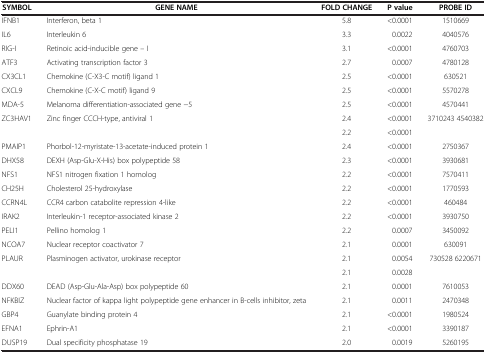
<table><thead><tr><td><b>SYMBOL</b></td><td><b>GENE NAME</b></td><td><b>FOLD CHANGE</b></td><td><b>P value</b></td><td><b>PROBE ID</b></td></tr></thead><tbody><tr><td>IFNB1</td><td>Interferon, beta 1</td><td>5.8</td><td>&lt;0.0001</td><td>1510669</td></tr><tr><td>IL6</td><td>Interleukin 6</td><td>3.3</td><td>0.0022</td><td>4040576</td></tr><tr><td>RIG-I</td><td>Retinoic acid-inducible gene – I</td><td>3.1</td><td>&lt;0.0001</td><td>4760703</td></tr><tr><td>ATF3</td><td>Activating transcription factor 3</td><td>2.7</td><td>0.0007</td><td>4780128</td></tr><tr><td>CX3CL1</td><td>Chemokine (C-X3-C motif) ligand 1</td><td>2.5</td><td>&lt;0.0001</td><td>630521</td></tr><tr><td>CXCL9</td><td>Chemokine (C-X-C motif) ligand 9</td><td>2.5</td><td>&lt;0.0001</td><td>5570278</td></tr><tr><td>MDA-5</td><td>Melanoma differentiation-associated gene −5</td><td>2.5</td><td>&lt;0.0001</td><td>4570441</td></tr><tr><td>ZC3HAV1</td><td>Zinc finger CCCH-type, antiviral 1</td><td>2.4</td><td>&lt;0.0001</td><td>3710243 4540382</td></tr><tr><td> </td><td> </td><td>2.2</td><td>&lt;0.0001</td><td> </td></tr><tr><td>PMAIP1</td><td>Phorbol-12-myristate-13-acetate-induced protein 1</td><td>2.4</td><td>&lt;0.0001</td><td>2750367</td></tr><tr><td>DHX58</td><td>DEXH (Asp-Glu-X-His) box polypeptide 58</td><td>2.3</td><td>&lt;0.0001</td><td>3930681</td></tr><tr><td>NFS1</td><td>NFS1 nitrogen fixation 1 homolog</td><td>2.2</td><td>&lt;0.0001</td><td>7570411</td></tr><tr><td>CH25H</td><td>Cholesterol 25-hydroxylase</td><td>2.2</td><td>&lt;0.0001</td><td>1770593</td></tr><tr><td>CCRN4L</td><td>CCR4 carbon catabolite repression 4-like</td><td>2.2</td><td>&lt;0.0001</td><td>460484</td></tr><tr><td>IRAK2</td><td>Interleukin-1 receptor-associated kinase 2</td><td>2.2</td><td>&lt;0.0001</td><td>3930750</td></tr><tr><td>PELI1</td><td>Pellino homolog 1</td><td>2.2</td><td>0.0007</td><td>3450092</td></tr><tr><td>NCOA7</td><td>Nuclear receptor coactivator 7</td><td>2.1</td><td>0.0001</td><td>630091</td></tr><tr><td>PLAUR</td><td>Plasminogen activator, urokinase receptor</td><td>2.1</td><td>0.0054</td><td>730528 6220671</td></tr><tr><td> </td><td> </td><td>2.1</td><td>0.0028</td><td> </td></tr><tr><td>DDX60</td><td>DEAD (Asp-Glu-Ala-Asp) box polypeptide 60</td><td>2.1</td><td>0.0001</td><td>7610053</td></tr><tr><td>NFKBIZ</td><td>Nuclear factor of kappa light polypeptide gene enhancer in B-cells inhibitor, zeta</td><td>2.1</td><td>0.0011</td><td>2470348</td></tr><tr><td>GBP4</td><td>Guanylate binding protein 4</td><td>2.1</td><td>&lt;0.0001</td><td>1980524</td></tr><tr><td>EFNA1</td><td>Ephrin-A1</td><td>2.1</td><td>&lt;0.0001</td><td>3390187</td></tr><tr><td>DUSP19</td><td>Dual specificity phosphatase 19</td><td>2.0</td><td>0.0019</td><td>5260195</td></tr></tbody></table>